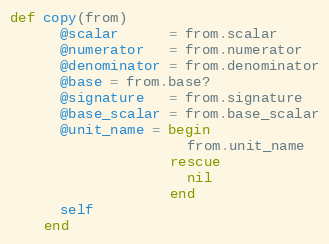
Language: Ruby
def copy(from)
      @scalar      = from.scalar
      @numerator   = from.numerator
      @denominator = from.denominator
      @base = from.base?
      @signature   = from.signature
      @base_scalar = from.base_scalar
      @unit_name = begin
                     from.unit_name
                   rescue
                     nil
                   end
      self
    end